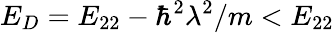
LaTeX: E_{D}=E_{22}-\hbar^{2}\lambda^{2}/m<E_{22}